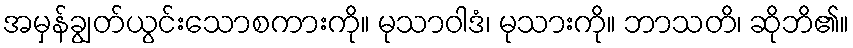
အမှန်ချွတ်ယွင်းသောစကားကို။ မုသာဝါဒံ၊ မုသားကို။ ဘာသတိ၊ ဆိုဘိ၏။